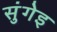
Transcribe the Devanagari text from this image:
सुंगेइ